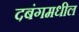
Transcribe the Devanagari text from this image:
दबंगमधील